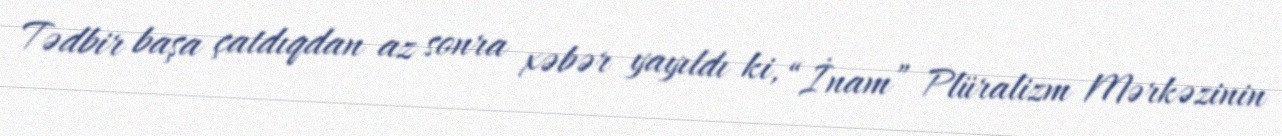
Tədbir başa çatdıqdan az sonra xəbər yayıldı ki, “İnam” Plüralizm Mərkəzinin